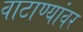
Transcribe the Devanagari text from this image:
वाटाण्यांवर